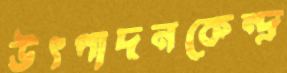
উৎপাদনকেন্দ্র